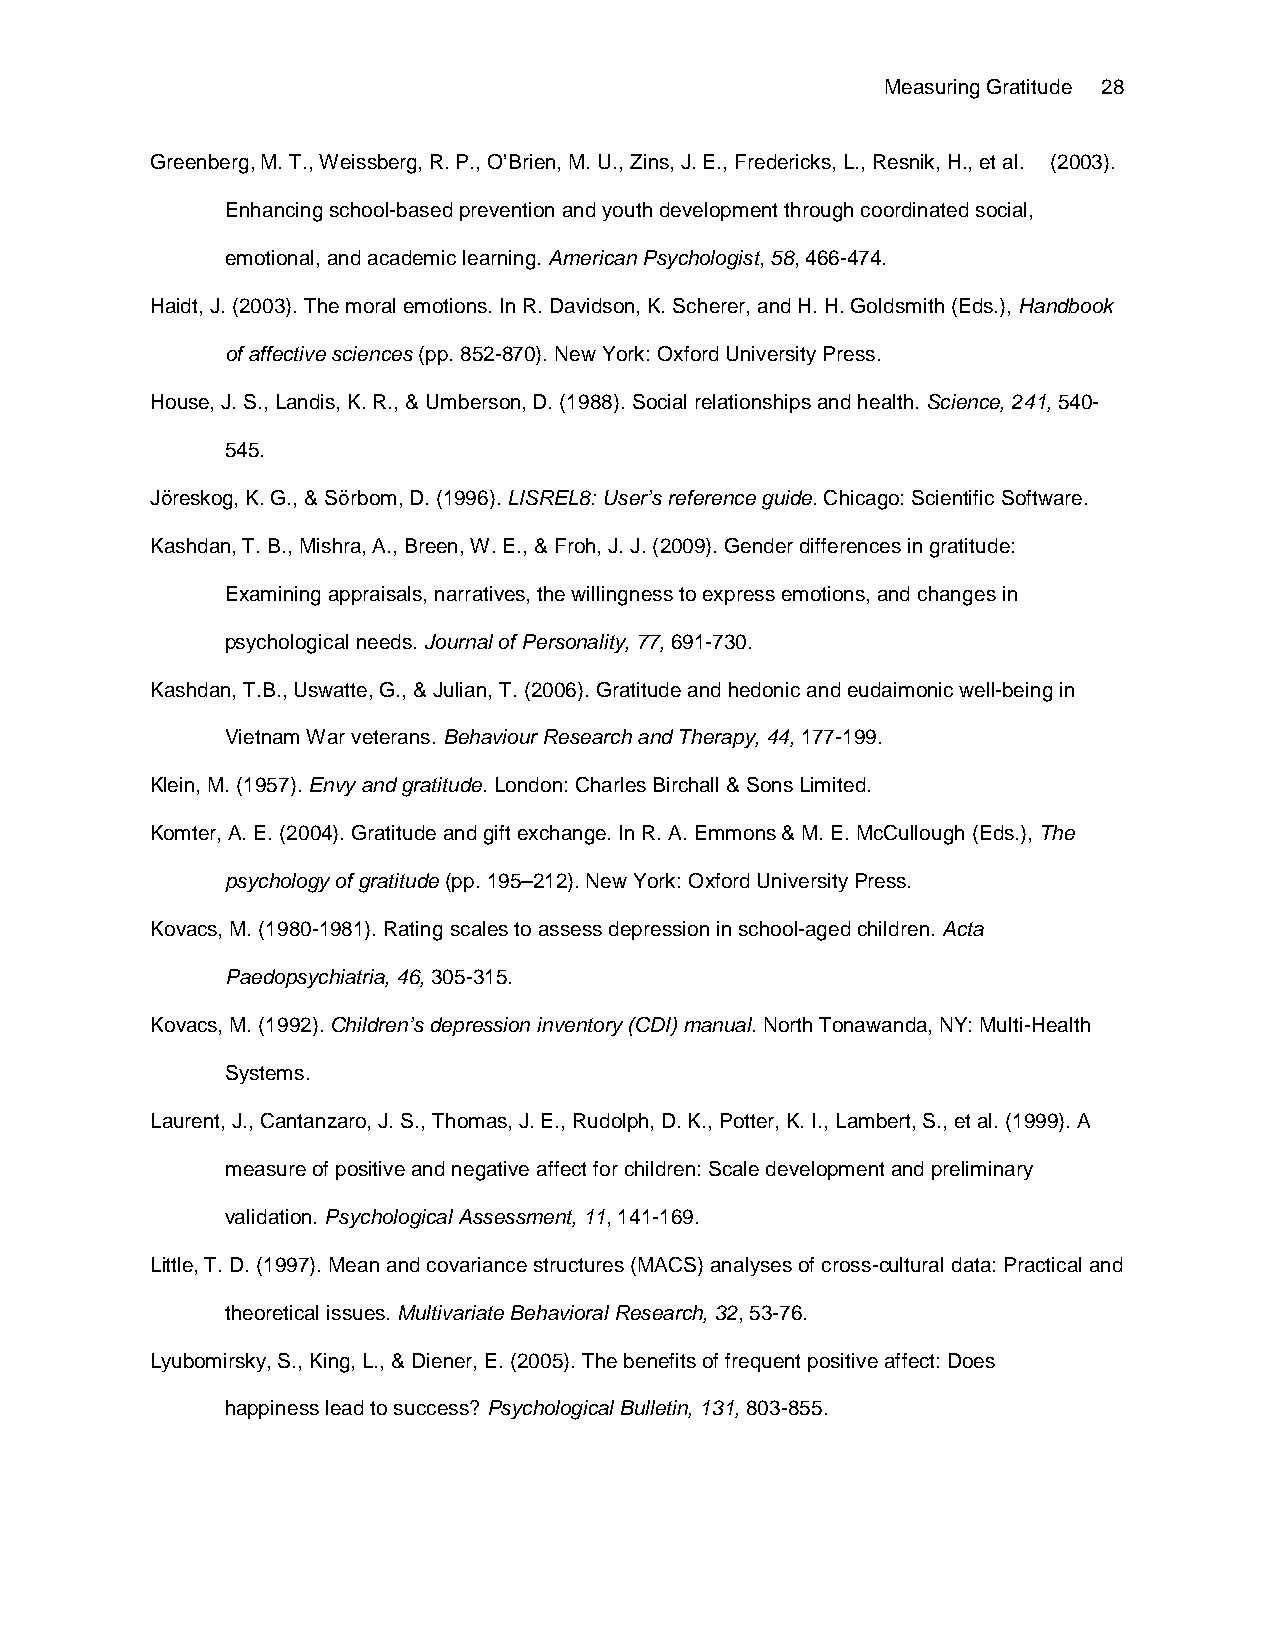
Measuring Gratitude 28
 Greenberg, M. T., Weissberg, R. P., O’Brien, M. U., Zins, J. E., Fredericks, L., Resnik, H., et al. (2003).
 Enhancing school-based prevention and youth development through coordinated social,
 emotional, and academic learning. American Psychologist, 58, 466-474.
 Haidt, J. (2003). The moral emotions. In R. Davidson, K. Scherer, and H. H. Goldsmith (Eds.), Handbook
 of affective sciences (pp. 852-870). New York: Oxford University Press.
 House, J. S., Landis, K. R., & Umberson, D. (1988). Social relationships and health. Science, 241, 540-
 545.
 Jöreskog, K. G., & Sörbom, D. (1996). LISREL8: User’s reference guide. Chicago: Scientific Software.
 Kashdan, T. B., Mishra, A., Breen, W. E., & Froh, J. J. (2009). Gender differences in gratitude:
 Examining appraisals, narratives, the willingness to express emotions, and changes in
 psychological needs. Journal of Personality, 77, 691-730.
 Kashdan, T.B., Uswatte, G., & Julian, T. (2006). Gratitude and hedonic and eudaimonic well-being in
 Vietnam War veterans. Behaviour Research and Therapy, 44, 177-199.
 Klein, M. (1957). Envy and gratitude. London: Charles Birchall & Sons Limited.
 Komter, A. E. (2004). Gratitude and gift exchange. In R. A. Emmons & M. E. McCullough (Eds.), The
 psychology of gratitude (pp. 195–212). New York: Oxford University Press.
 Kovacs, M. (1980-1981). Rating scales to assess depression in school-aged children. Acta
 Paedopsychiatria, 46, 305-315.
 Kovacs, M. (1992). Children’s depression inventory (CDI) manual. North Tonawanda, NY: Multi-Health
 Systems.
 Laurent, J., Cantanzaro, J. S., Thomas, J. E., Rudolph, D. K., Potter, K. I., Lambert, S., et al. (1999). A
 measure of positive and negative affect for children: Scale development and preliminary
 validation. Psychological Assessment, 11, 141-169.
 Little, T. D. (1997). Mean and covariance structures (MACS) analyses of cross-cultural data: Practical and
 theoretical issues. Multivariate Behavioral Research, 32, 53-76.
 Lyubomirsky, S., King, L., & Diener, E. (2005). The benefits of frequent positive affect: Does
 happiness lead to success? Psychological Bulletin, 131, 803-855.